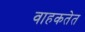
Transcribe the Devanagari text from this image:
वाहकतेत